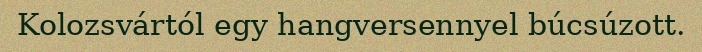
Kolozsvártól egy hangversennyel búcsúzott.